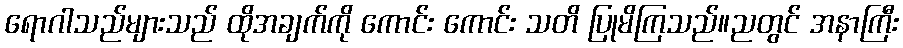
ရောဂါသည်များသည် ထိုအချက်ကို ကောင်း ကောင်း သတိ ပြုမိကြသည်။ညတွင် အနာကြီး